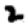
Digit: 2